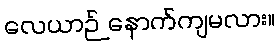
လေယာဉ် နောက်ကျမလား။